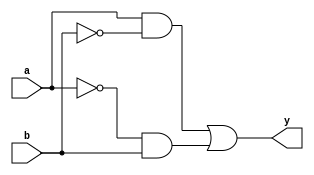
`timescale 1ns / 1ps
//////////////////////////////////////////////////////////////////////////////////
// Company: 
// 
// Design Name: 
// Module Name: my_xo
// Project Name: 
// Target Devices: 
// Tool Versions: 
// Description: 
// 
// Dependencies: 
// 
// Revision:
// Revision 0.01 - File Created
// Additional Comments:
// 
//////////////////////////////////////////////////////////////////////////////////


module Mult_my_xor(
input a, b,
output reg y
);

always@(*)
    y <= (a & ~b) | (~a & b);
endmodule